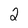
Character: 2